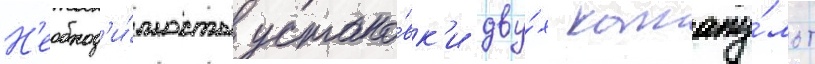
Н'еобход'и́мость устано́вк'и дву́х катапу́льт